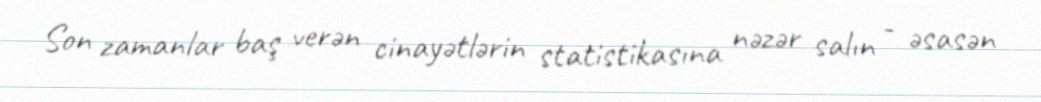
Son zamanlar baş verən cinayətlərin statistikasına nəzər salın - əsasən